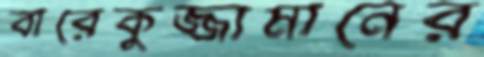
বারেকুজ্জামানের